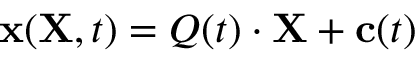
\mathbf { x } ( \mathbf { X } , t ) = { \boldsymbol { Q } } ( t ) \cdot \mathbf { X } + \mathbf { c } ( t )